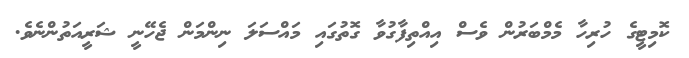
ކޮމިޓީގެ ހުރިހާ މެމްބަރުން ވެސް އިއްތިފާގުވާ ގޮތުގައި މައްސަލަ ނިންމަން ޖެހޭނީ ޝަރީއަތުންނެވެ.